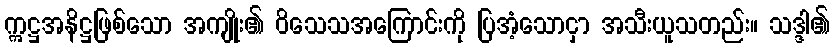
ဣဋ္ဌအနိဋ္ဌဖြစ်သော အကျိုး၏ ဝိသေသအကြောင်းကို ပြအံ့သောငှာ အသီးယူသတည်း။ သဒ္ဒါ၏